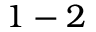
1 - 2